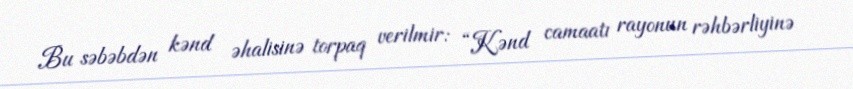
Bu səbəbdən kənd əhalisinə torpaq verilmir: “Kənd camaatı rayonun rəhbərliyinə